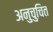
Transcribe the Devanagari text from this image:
अनुचुचित